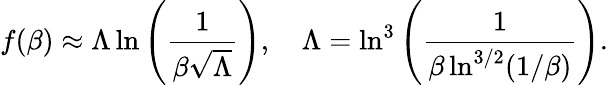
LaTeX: f(\beta)\approx\Lambda\ln\left(\frac{1}{\beta\sqrt{\Lambda}}\right),\quad\Lambda=\ln^{3}\left(\frac{1}{\beta\ln^{3/2}(1/\beta)}\right).